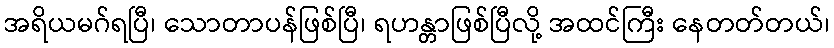
အရိယမဂ်ရပြီ၊ သောတာပန်ဖြစ်ပြီ၊ ရဟန္တာဖြစ်ပြီလို့ အထင်ကြီး နေတတ်တယ်၊